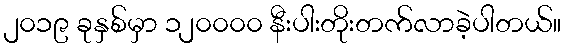
၂၀၁၉ ခုနှစ်မှာ ၁၂၀၀၀၀ နီးပါးတိုးတက်လာခဲ့ပါတယ်။